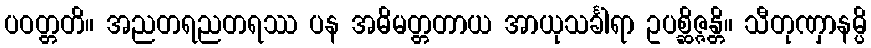
ပဝတ္တတိ။ အညတရညတရဿ ပန အဓိမတ္တတာယ အာယုသင်္ခါရာ ဥပစ္ဆိဇ္ဇန္တိ။ သီတုဏှာနမ္ပိ